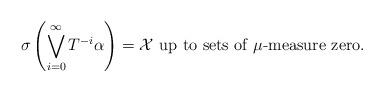
LaTeX: \begin{align*}\sigma \left( \bigvee^{\infty}_{i=0} T^{-i}\alpha \right) = \mathcal{X} \mbox{ up to sets of } \mu\mbox{-measure zero}.\end{align*}